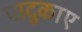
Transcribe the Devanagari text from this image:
पादुकाए